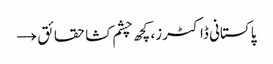
پاکستانی ڈاکٹرز، کچھ چشم کشا حقائق →